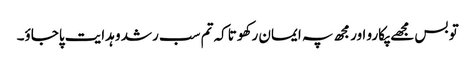
تو بس مجھے پکارو اور مجھ پہ ایمان رکھو تاکہ تم سب رشد و ہدایت پاجاؤ۔